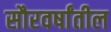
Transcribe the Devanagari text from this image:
सौरवर्षांतील